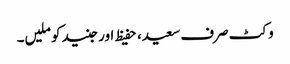
وکٹ صرف سعید، حفیظ اور جنید کو ملیں۔